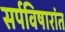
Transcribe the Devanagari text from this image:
सर्पविषारांत